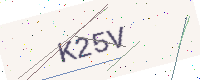
Text: K25V